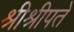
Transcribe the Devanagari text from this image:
श्रीश्रीपते